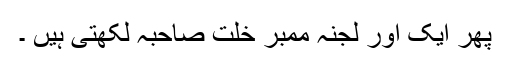
پھر ایک اور لجنہ ممبر خلّت صاحبہ لکھتی ہیں ۔